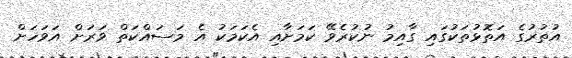
އުތުރުގެ އަތޮޅުތަކުގައި ގާއިމު ނުކުރެވޭ ކަމަށާއި އެކަމަކު އެ މަސައްކަތް ވަރަށް އަވަހަށް